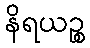
နိရယဉ္စ